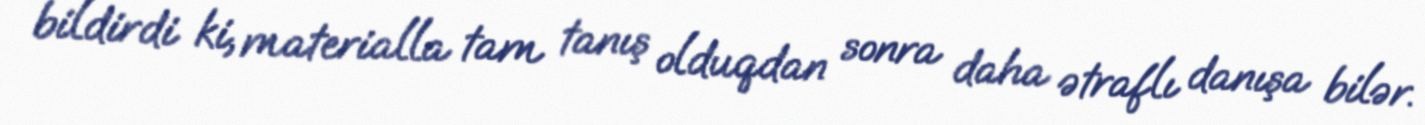
bildirdi ki, materialla tam tanış olduqdan sonra daha ətraflı danışa bilər.